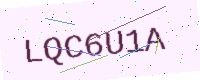
Text: LQC6U1A